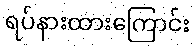
ရပ်နားထားကြောင်း